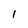
Character: 1